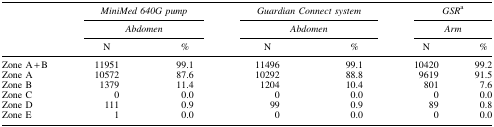
<table><thead><tr><td><b> </b></td><td colspan="2"><b><i>MiniMed 640G pump</i></b></td><td colspan="2"><b><i>Guardian Connect system</i></b></td><td colspan="2"><b><i>GSR</i><sup>a</sup></b></td></tr><tr><td><b> </b></td><td colspan="2"><b><i>Abdomen</i></b></td><td colspan="2"><b><i>Abdomen</i></b></td><td colspan="2"><b><i>Arm</i></b></td></tr><tr><td><b> </b></td><td><b>N</b></td><td><b><i>%</i></b></td><td><b>N</b></td><td><b><i>%</i></b></td><td><b>N</b></td><td><b><i>%</i></b></td></tr></thead><tbody><tr><td>Zone A + B</td><td>11951</td><td>99.1</td><td>11496</td><td>99.1</td><td>10420</td><td>99.2</td></tr><tr><td>Zone A</td><td>10572</td><td>87.6</td><td>10292</td><td>88.8</td><td>9619</td><td>91.5</td></tr><tr><td>Zone B</td><td>1379</td><td>11.4</td><td>1204</td><td>10.4</td><td>801</td><td>7.6</td></tr><tr><td>Zone C</td><td>0</td><td>0.0</td><td>0</td><td>0.0</td><td>0</td><td>0.0</td></tr><tr><td>Zone D</td><td>111</td><td>0.9</td><td>99</td><td>0.9</td><td>89</td><td>0.8</td></tr><tr><td>Zone E</td><td>1</td><td>0.0</td><td>0</td><td>0.0</td><td>0</td><td>0.0</td></tr></tbody></table>